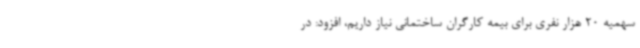
سهمیه 20 هزار نفری برای بیمه کارگران ساختمانی نیاز داریم، افزود: در